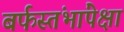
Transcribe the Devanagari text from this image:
बर्फस्तंभांपेक्षा